Indian journal of veterinary science and animal husbandry - Volumes 24-25, 1954-1955
Year: 1954
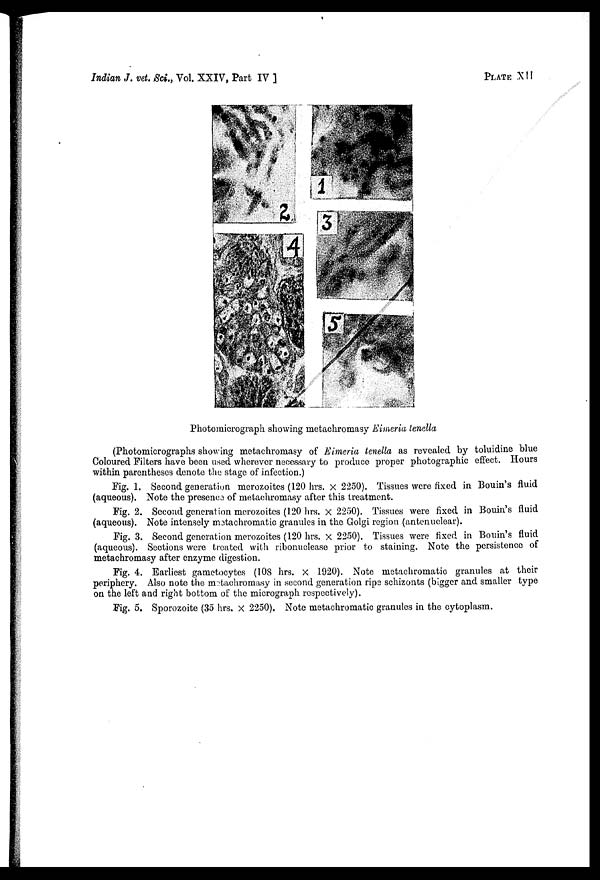
Indian J. vet. Sci., Vol. XXIV, Part IV ]
PLATE
XII
Photomicrograph showing metachromasy Eimeria tenella
(Photomicrographs showing metachromasy of Eimeria tenella as revealed by toluidine blue
Coloured Filters have been used wherever necessary to produce proper photographic effect. Hours
within parentheses denote the stage of infection.)
Fig. 1. Second generation merozoites (120 hrs. × 2250). Tissues were fixed in Bouin's fluid
(aqueous). Note the presence of metachromasy after this treatment.
Fig. 2. Second generation merozoites (120 hrs. × 2250). Tissues were fixed in Bouin's fluid
(aqueous). Note intensely metachromatic granules in the Golgi region (antenuclear).
Fig. 3. Second generation merozoites (120 hrs. × 2250). Tissues were fixed in Bouin's fluid
(aqueous). Sections were treated with ribonuclease prior to staining. Note the persistence of
metachromasy after enzyme digestion.
Fig. 4. Earliest gametocytes (108 hrs. × 1920). Note metachromatic granules at their
periphery. Also note the metachromasy in second generation ripe schizonts (bigger and smaller type
on the left and right bottom of the micrograph respectively).
Fig. 5. Sporozoite (35 hrs. × 2250). Note metachromatic granules in the cytoplasm.